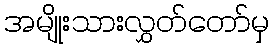
အမျိုးသားလွှတ်တော်မှ